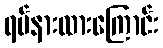
ရပ်နားထားကြောင်း